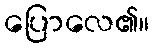
ပြောလေ၏။